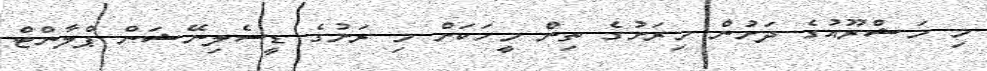
މި މަޝްރޫއުގެ ދަށުން މިރަށުގެ ތިން މީހަކަށް މި ރަށުގެ ޑީސެލިނޭޝަން ޕްލާންޓް